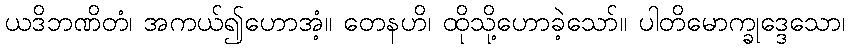
ယဒိဘဏိတံ၊ အကယ်၍ဟောအံ့။ တေနဟိ၊ ထိုသို့ဟောခဲ့သော်။ ပါတိမောက္ခုဒ္ဒေသော၊